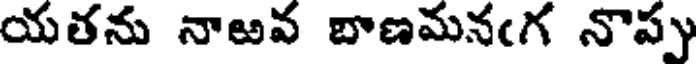
యతను నాఱవ బాణమనఁగ నొప్పు